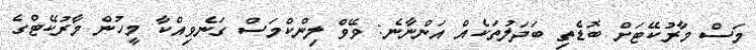
މަސް މާރުކޭޓަށް ބޮޑެތި ބަދަލުތަކެއް އަންނާނެ: ވޭވް ލިންކްމަސް ގަނެވިއްކާ މީހުން މާރުކޭޓްގެ